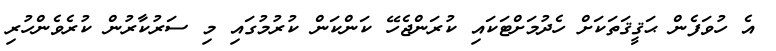
އެ ހުވަފެން ޙަޤީޤަތަކަށް ހެދުމަށްޓަކައި ކުރަންޖެހޭ ކަންކަން ކުރުމުގައި މި ސަރުކާރުން ކުރެވެންހުރި